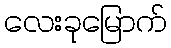
လေးခုမြောက်